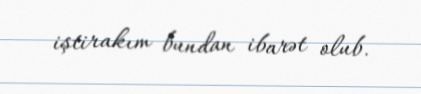
iştirakım bundan ibarət olub.